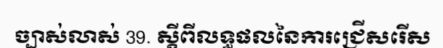
ច្បាស់លាស់ 39. ស្តីពីលទ្ធផលនៃការជ្រើសរើស